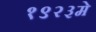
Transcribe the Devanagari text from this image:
१९२३मे